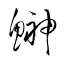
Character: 鰰